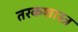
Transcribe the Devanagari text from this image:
तरकशास्त्र